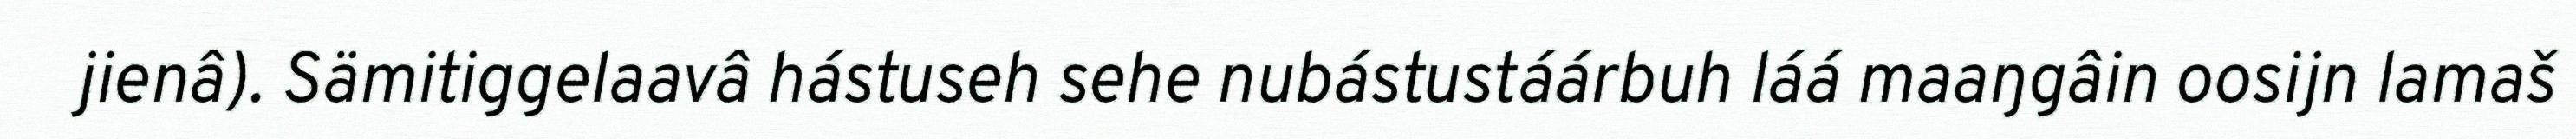
jienâ). Sämitiggelaavâ hástuseh sehe nubástustáárbuh láá maaŋgâin oosijn lamaš